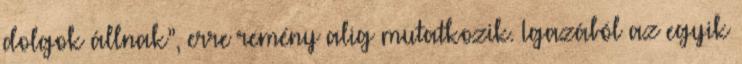
dolgok állnak”, erre remény alig mutatkozik. Igazából az egyik